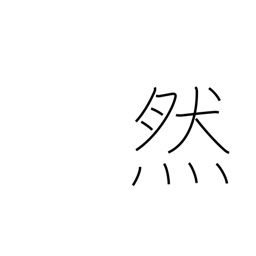
Meaning: so